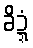
ခိဍ္ဍံ